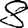
Digit: 8